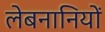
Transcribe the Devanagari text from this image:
लेबनानियों